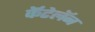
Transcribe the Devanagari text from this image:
कॅटेलॅन